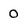
Character: 0